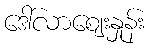
ဒေါ်လာဈေးနှုန်း